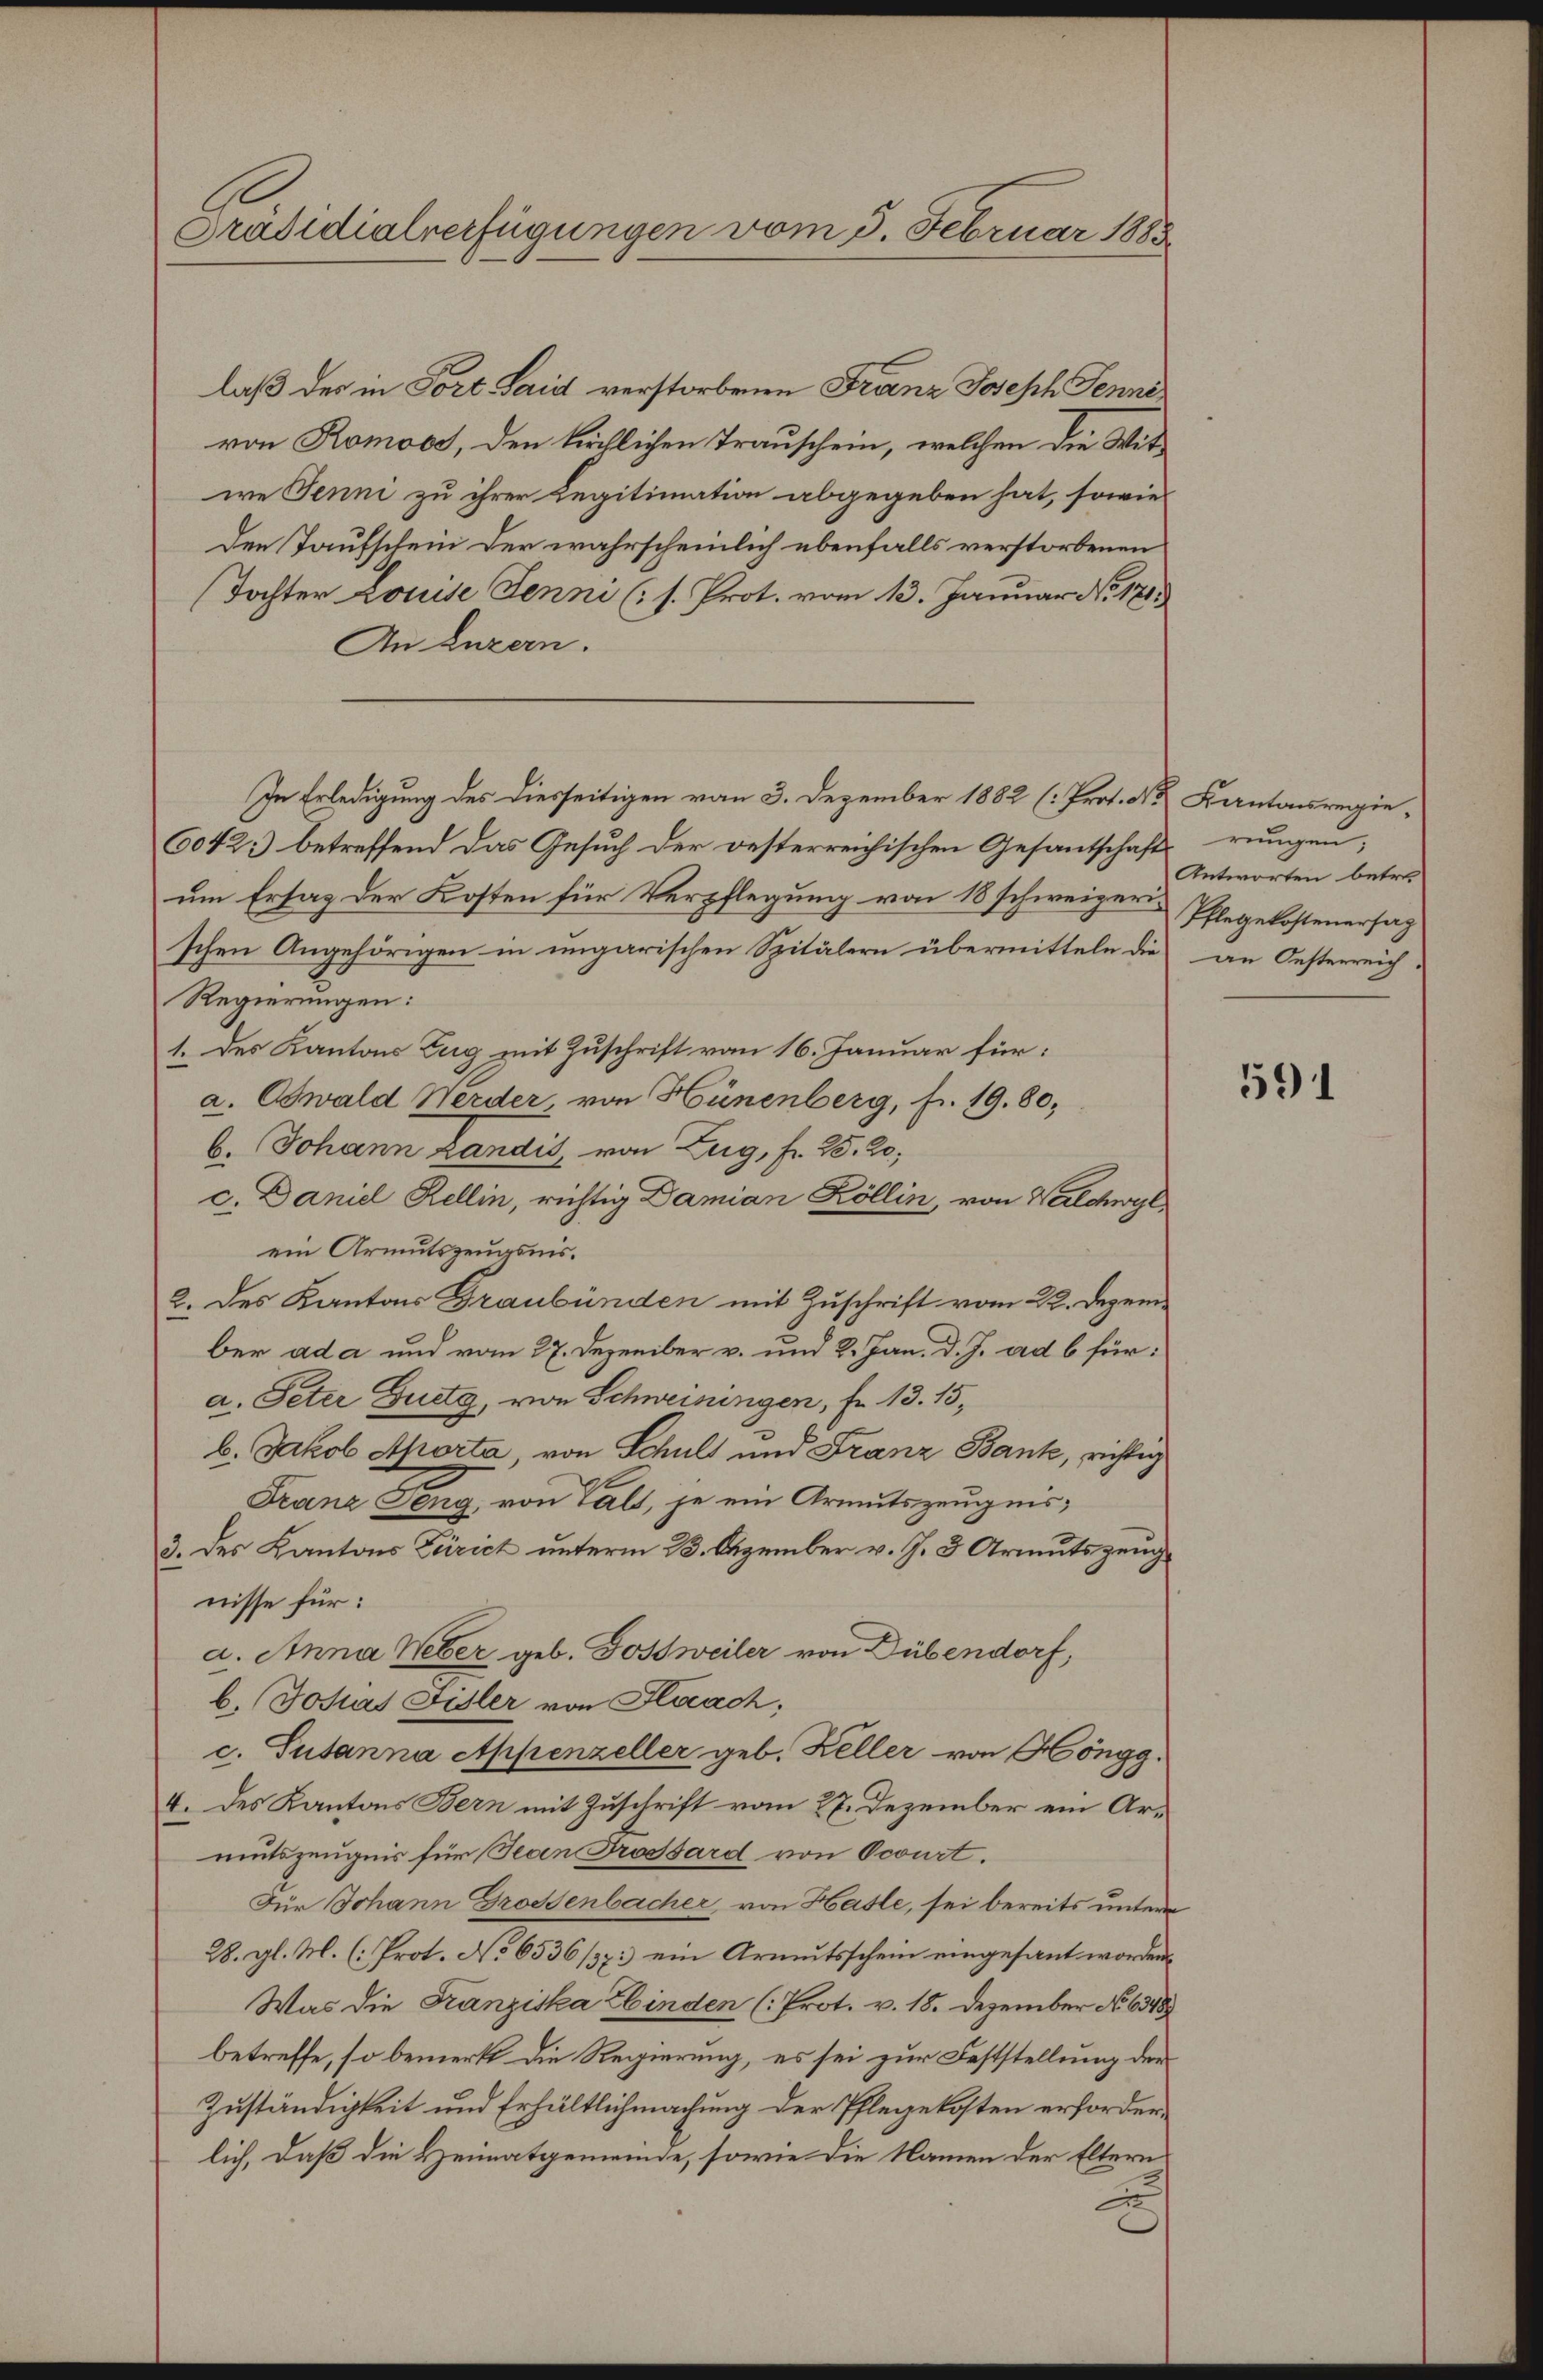
Präsidialverfügungen vom 5. Februar 1885

In Erledigung des Diesseitigen vom 3. Dezember 1882 (: Prot. den Kantonsregie¬

laß des in Port. Said verstorbene Franz Joseph Jenne
von Romoos, den kirchlichen Trauschein, welchen die Witwe Jenni zu ihrer Legitimation abgegeben hat, sowie
Den Taufschein der wahrscheinlich ebenfalls verstorbenen
Tochter Louise Jenni (s. Prot. vom 13. Januar No. 1715
An Luzern.
60423) betreffend das Gesuch der oesterreichischen Gesantschafts reugen,
um Erstag der Kosten für Verpflegung von 18 schweizerischen Angehörigen in ungarischen Spitälern übermitteln die an Oesterreich-
Regierungen:
1. des Kantons Zug mit Zuschrift vom 16. Januar für:
a. Oswald Werder, von Hünenberg, fr. 19. 80,
b. Johann Landis von Zug, Fr. 25. 20,
c. Daniel Rellin, richtig Damian Köllin, von Walchwyl,
ein Armutszeugnis.
2. des Kantons Graubünden mit Zuschrift vom 22. Dezember ada und vom 27. Dezember v. und 2. Jan. d. J. ad 6 für:
a. Peter Zug, von Schweiningen, Fr. 13. 15,
b. Jakob Aporta, von Schult und Franz Bank, richtig
Franz Seng, von Tals, je ein Armutszeugnis;
3. des Kantons Zürich unterm 23. Dezember v. J. 3 Armutszeugnisse für:
a. Anna Weber geb. Fossweiler von Dübendorf,
b. Josias Fisler von Kaach,
c. Susanna Appenzeller geb. Keller von Höngg.
4. des Kantons Bern mit Zuschrift vom 27. Dezember ein Armutszeugnis für Jean Trossard von Ocourt.
Für Johann Grossenbacher, von Hasle, sei bereits untern
28. gl. M. (: Prot. No 6536/37) ein Armutsschein eingesant worden.
Was die Franziska Ebinden (Prot. v. 18. Dezember No 6388
betreffe, so bemerkt die Regierung, es sei zur Feststellung der
Zuständigkeit und Erhältlichmachung der Pflegekosten erforderlich, daß die Heimatgemeinde, sowie die Namen der Eltern
x

Antworten betr.
Pflegekostenersag

591